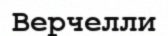
Верчелли